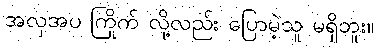
အလှအပ ကြိုက် လို့လည်း ပြောမဲ့သူ မရှိဘူး။